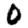
Digit: 0